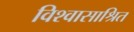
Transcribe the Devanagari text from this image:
विश्वासाश्रित